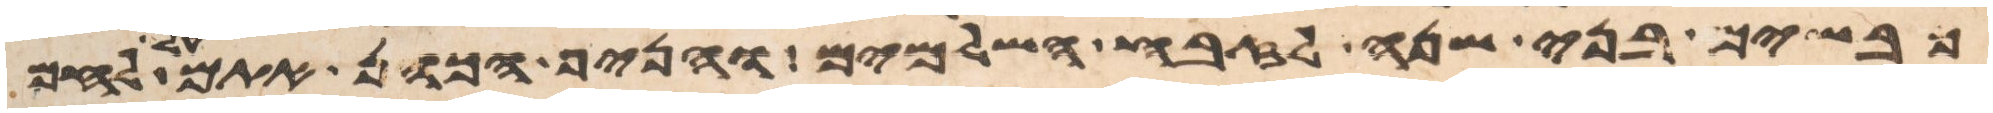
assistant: כבשים בני שנה לזבח השלמים והניף הכהן אתם על לחם